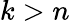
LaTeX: k>n